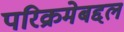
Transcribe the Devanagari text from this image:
परिक्रमेबद्दल